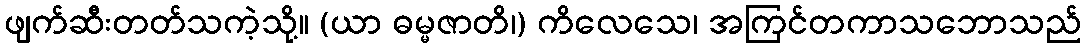
ဖျက်ဆီးတတ်သကဲ့သို့။ (ယာ ဓမ္မဇာတိ၊) ကိလေသေ၊ အကြင်တကာသဘောသည်